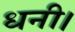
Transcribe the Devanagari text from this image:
धनी।